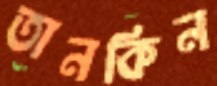
তানকিন